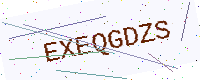
Text: EXEQGDZS